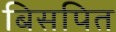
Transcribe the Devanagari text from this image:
बिसपित